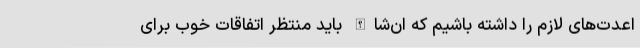
اعدت‌های لازم را داشته باشیم که ان‌شاالله باید منتظر اتفاقات خوب برای